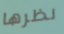
نظرها